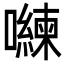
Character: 𭌈